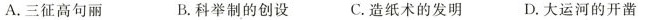
A. 三征高句丽 B. 科举制的创设 C. 造纸术的发明 D. 大运河的开凿